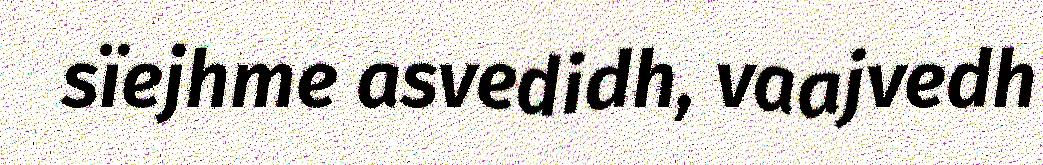
sïejhme asvedidh, vaajvedh